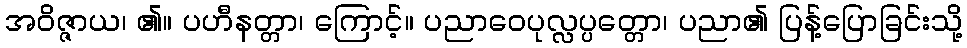
အဝိဇ္ဇာယ၊ ၏။ ပဟီနတ္တာ၊ ကြောင့်။ ပညာဝေပုလ္လပ္ပတ္တော၊ ပညာ၏ ပြန့်ပြောခြင်းသို့